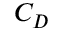
C _ { D }